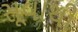
સૂવાથી